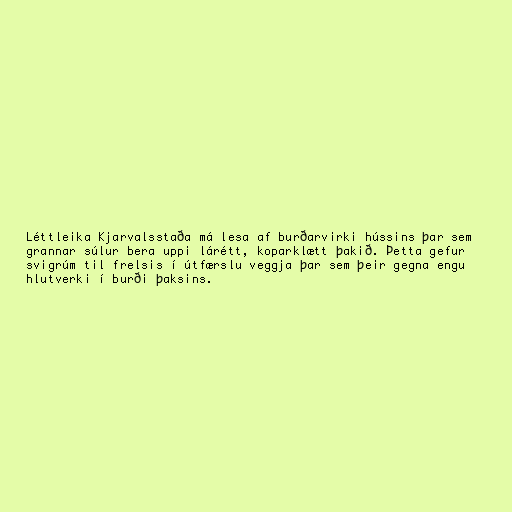
Léttleika Kjarvalsstaða má lesa af burðarvirki hússins þar sem
grannar súlur bera uppi lárétt, koparklætt þakið. Þetta gefur
svigrúm til frelsis í útfærslu veggja þar sem þeir gegna engu
hlutverki í burði þaksins.